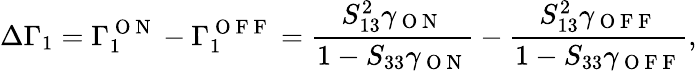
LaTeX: \Delta\Gamma_{1}=\Gamma_{1}^{\mathrm{~O~N~}}-\Gamma_{1}^{\mathrm{~O~F~F~}}=\frac{S_{13}^{2}\gamma_{\mathrm{~O~N~}}}{1-S_{33}\gamma_{\mathrm{~O~N~}}}-\frac{S_{13}^{2}\gamma_{\mathrm{~O~F~F~}}}{1-S_{33}\gamma_{\mathrm{~O~F~F~}}},